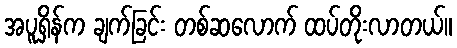
အပူရှိန်က ချက်ခြင်း တစ်ဆလောက် ထပ်တိုးလာတယ်။